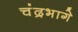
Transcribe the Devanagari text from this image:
चंद्रभागे